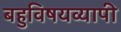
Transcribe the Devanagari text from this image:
बहुविषयव्यापी